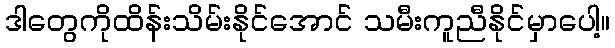
ဒါတွေကိုထိန်းသိမ်းနိုင်အောင် သမီးကူညီနိုင်မှာပေါ့။